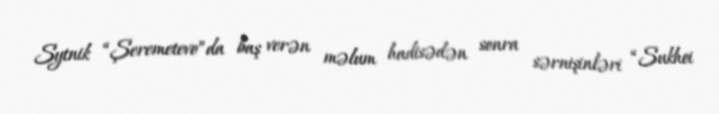
Sytnik “Şeremetevo”da baş verən məlum hadisədən sonra sərnişinləri “Sukhoi